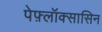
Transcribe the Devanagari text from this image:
पेफ़्लॉक्सासिन